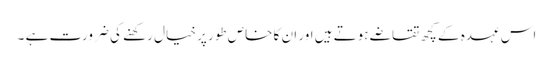
اس عہدہ کے کچھ تقاضے ہوتے ہیں اور ان کا خاص طور پر خیال رکھنے کی ضرورت ہے ۔